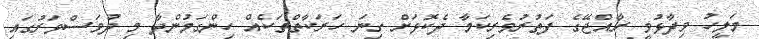
މަލީހު ވިދާޅުވީ ރާއްޖޭގެ ފަތުރުވެރިކަމާ ދެކޮޅަށް ގިނަ ހަރަކާތްތަކެއް ހިންގަމުންދާ މި ދުވަސްވަރުގައި